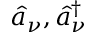
\hat { a } _ { \nu } , \hat { a } _ { \nu } ^ { \dagger }